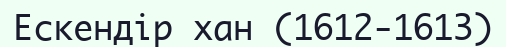
Ескендір хан (1612-1613)